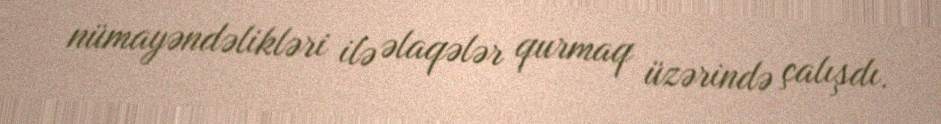
nümayəndəlikləri ilə əlaqələr qurmaq üzərində çalışdı.